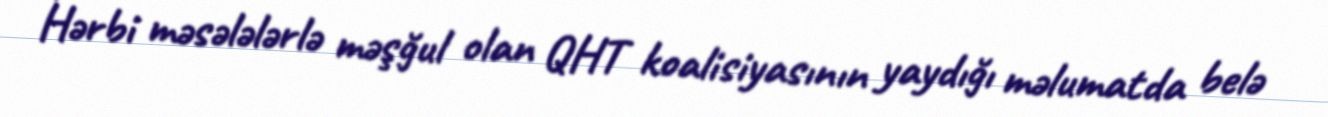
Hərbi məsələlərlə məşğul olan QHT koalisiyasının yaydığı məlumatda belə